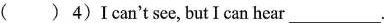
( )4) I can't see,but Ican hear ___.